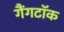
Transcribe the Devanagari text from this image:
गैंगटॉक